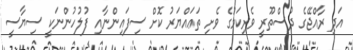
އަދި ރާއްޖޭގެ ދުސްތޫރީ ވެރިކަމުގެ ވެށި ތަޢައްޔަރު ކޮށް ސިފައިންނާއި ފުލުހުންނަކީ ސިޔާސީ